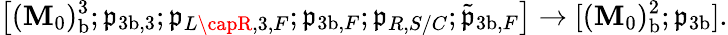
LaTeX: \bigl[(\mathbf{M}_{0})_{\mathrm{{b}}}^{3};\mathfrak{{p}}_{{3\mathrm{{b}}},3};\mathfrak{{p}}_{L\capR,3,F};\mathfrak{{p}}_{{3\mathrm{{b}}},F};\mathfrak{{p}}_{R,S/C};\tilde{{\mathfrak{{p}}}}_{{3\mathrm{{b}}},F}\bigr]\to[(\mathbf{M}_{0})_{\mathrm{{b}}}^{2};\mathfrak{{p}}_{3\mathrm{{b}}}].